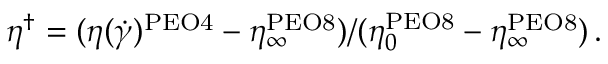
\eta ^ { \dagger } = ( \eta ( \dot { \gamma } ) ^ { \mathrm { P E O 4 } } - \eta _ { \infty } ^ { \mathrm { P E O 8 } } ) / ( \eta _ { 0 } ^ { \mathrm { P E O 8 } } - \eta _ { \infty } ^ { \mathrm { P E O 8 } } ) \, .